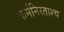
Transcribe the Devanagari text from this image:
कर्मनिरताश्च